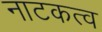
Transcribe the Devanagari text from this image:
नाटकत्व